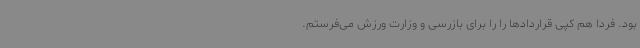
بود. فردا هم کپی قراردادها را را برای بازرسی و وزارت ورزش می‌فرستم.